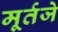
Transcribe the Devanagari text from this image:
मूर्तजे